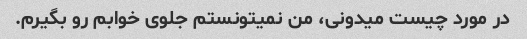
در مورد چیست میدونی، من نمیتونستم جلوی خوابم رو بگیرم.